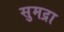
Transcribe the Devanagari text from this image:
सुमद्रा